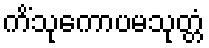
ကိံသုကောပမသုတ္တံ